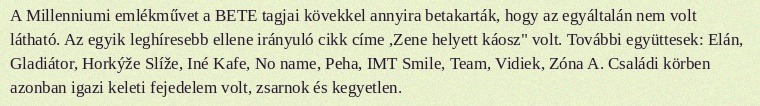
A Millenniumi emlékművet a BETE tagjai kövekkel annyira betakarták, hogy az egyáltalán nem volt látható. Az egyik leghíresebb ellene irányuló cikk címe ,Zene helyett káosz" volt. További együttesek: Elán, Gladiátor, Horkýže Slíže, Iné Kafe, No name, Peha, IMT Smile, Team, Vidiek, Zóna A. Családi körben azonban igazi keleti fejedelem volt, zsarnok és kegyetlen.